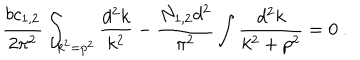
{ \frac { b c _ { 1 , 2 } } { 2 \pi ^ { 2 } } } \int _ { k ^ { 2 } = p ^ { 2 } } { \frac { d ^ { 2 } k } { k ^ { 2 } } } - { \frac { N _ { 1 , 2 } d ^ { 2 } } { \pi ^ { 2 } } } \int { \frac { d ^ { 2 } k } { k ^ { 2 } + p ^ { 2 } } } = 0 ~ .